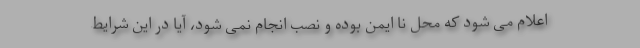
اعلام می شود که محل نا ایمن بوده و نصب انجام نمی شود، آیا در این شرایط